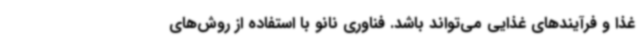
غذا و فرآیندهای غذایی می‌تواند باشد. فناوری نانو با استفاده از روش‌های